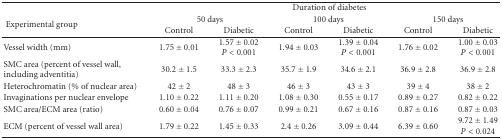
<table><thead><tr><td></td><td colspan="6"><b>Duration of diabetes</b></td></tr><tr><td rowspan="2"><b> Experimental group</b></td><td colspan="2"><b>50 days</b></td><td colspan="2"><b>100 days</b></td><td colspan="2"><b>150 days</b></td></tr><tr><td><b>Control</b></td><td><b>Diabetic</b></td><td><b>Control</b></td><td><b>Diabetic</b></td><td><b>Control</b></td><td><b>Diabetic</b></td></tr></thead><tbody><tr><td>Vessel width (mm)</td><td>1.75 ± 0.01</td><td>1.57 ± 0.02 <i>P</i> &lt; 0.001</td><td>1.94 ± 0.03</td><td>1.39 ± 0.04<i>P</i> &lt; 0.001</td><td>1.76 ± 0.02</td><td>1.00 ± 0.03<i>P</i> &lt; 0.001</td></tr><tr><td>SMC area (percent of vessel wall, including adventitia)</td><td>30.2 ± 1.5</td><td>33.3 ± 2.3</td><td>35.7 ± 1.9</td><td>34.6 ± 2.1</td><td>36.9 ± 2.8</td><td>36.9 ± 2.8</td></tr><tr><td>Heterochromatin (% of nuclear area)</td><td>42 ± 2</td><td>48 ± 3</td><td>46 ± 3</td><td>43 ± 3</td><td>39 ± 4</td><td>38 ± 2</td></tr><tr><td>Invaginations per nuclear envelope</td><td>1.10 ± 0.22</td><td>1.11 ± 0.20</td><td>1.08 ± 0.30</td><td>0.55 ± 0.17</td><td>0.89 ± 0.27</td><td>0.82 ± 0.22</td></tr><tr><td>SMC area/ECM area (ratio)</td><td>0.60 ± 0.04</td><td>0.76 ± 0.07</td><td>0.99 ± 0.21</td><td>0.67 ± 0.16</td><td>0.87 ± 0.16</td><td>0.87 ± 0.03</td></tr><tr><td>ECM (percent of vessel wall area)</td><td>1.79 ± 0.22</td><td>1.45 ± 0.33</td><td>2.4 ± 0.26</td><td>3.09 ± 0.44</td><td>6.39 ± 0.60</td><td>9.72 ± 1.49 <i>P</i> &lt; 0.024</td></tr></tbody></table>